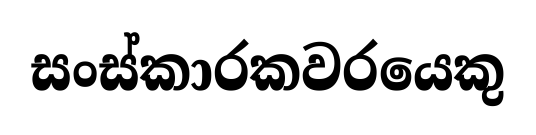
සංස්කාරකවරයෙකු